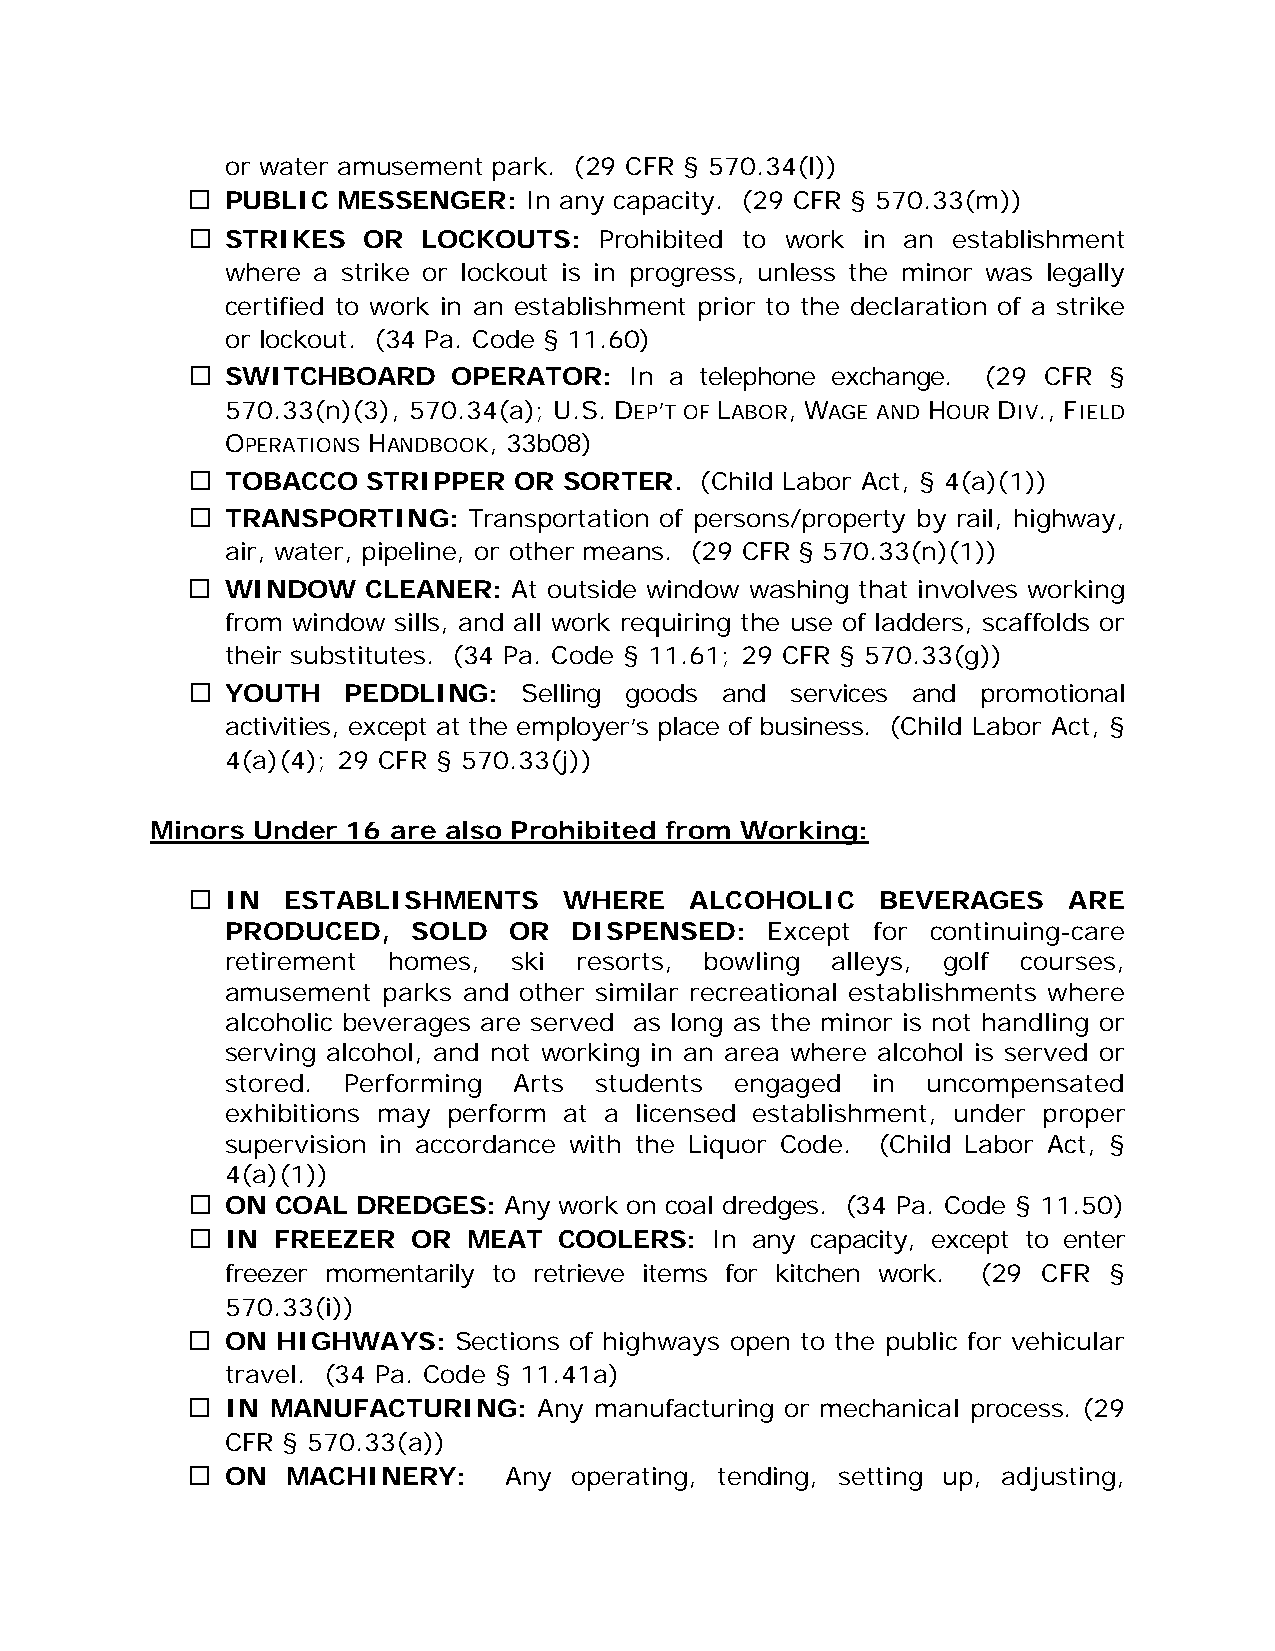
or water amusement park. (29 CFR § 570.34(l))
   PUBLIC MESSENGER:   In any capacity. (29 CFR § 570.33(m))
   STRIKES  OR  LOCKOUTS:   Prohibited to work in an establishment
 where a strike or lockout is in progress, unless the minor was legally
 certified to work in an establishment prior to the declaration of a strike
 or lockout. (34 Pa. Code § 11.60)
   SWITCHBOARD    OPERATOR:   In a telephone exchange. (29 CFR §
 570.33(n)(3), 570.34(a); U.S. DEP’T OF LABOR, WAGE AND HOUR DIV., FIELD
 OPERATIONS HANDBOOK, 33b08)
   TOBACCO  STRIPPER  OR SORTER.  (Child Labor Act, § 4(a)(1))
   TRANSPORTING:   Transportation of persons/property by rail, highway,
 air, water, pipeline, or other means. (29 CFR § 570.33(n)(1))
   WINDOW   CLEANER:  At outside window washing that involves working
 from window sills, and all work requiring the use of ladders, scaffolds or
 their substitutes. (34 Pa. Code § 11.61; 29 CFR § 570.33(g))
   YOUTH   PEDDLING:   Selling goods and services and promotional
 activities, except at the employer’s place of business. (Child Labor Act, §
 4(a)(4); 29 CFR § 570.33(j))
 Minors Under 16 are also Prohibited from Working:
   IN  ESTABLISHMENTS    WHERE    ALCOHOLIC   BEVERAGES    ARE
 PRODUCED,   SOLD   OR  DISPENSED:   Except for continuing-care
 retirement homes,  ski resorts, bowling alleys, golf courses,
 amusement parks and other similar recreational establishments where
 alcoholic beverages are served as long as the minor is not handling or
 serving alcohol, and not working in an area where alcohol is served or
 stored. Performing Arts students  engaged  in uncompensated
 exhibitions may perform at a licensed establishment, under proper
 supervision in accordance with the Liquor Code. (Child Labor Act, §
 4(a)(1))
   ON COAL  DREDGES: Any work on coal dredges. (34 Pa. Code § 11.50)
   IN FREEZER  OR  MEAT  COOLERS:  In any capacity, except to enter
 freezer momentarily to retrieve items for kitchen work. (29 CFR §
 570.33(i))
   ON HIGHWAYS:   Sections of highways open to the public for vehicular
 travel. (34 Pa. Code § 11.41a)
   IN MANUFACTURING:    Any manufacturing or mechanical process. (29
 CFR § 570.33(a))
   ON  MACHINERY:    Any  operating, tending, setting up, adjusting,